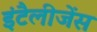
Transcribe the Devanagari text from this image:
इंटैलीजेंस